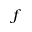
_ f